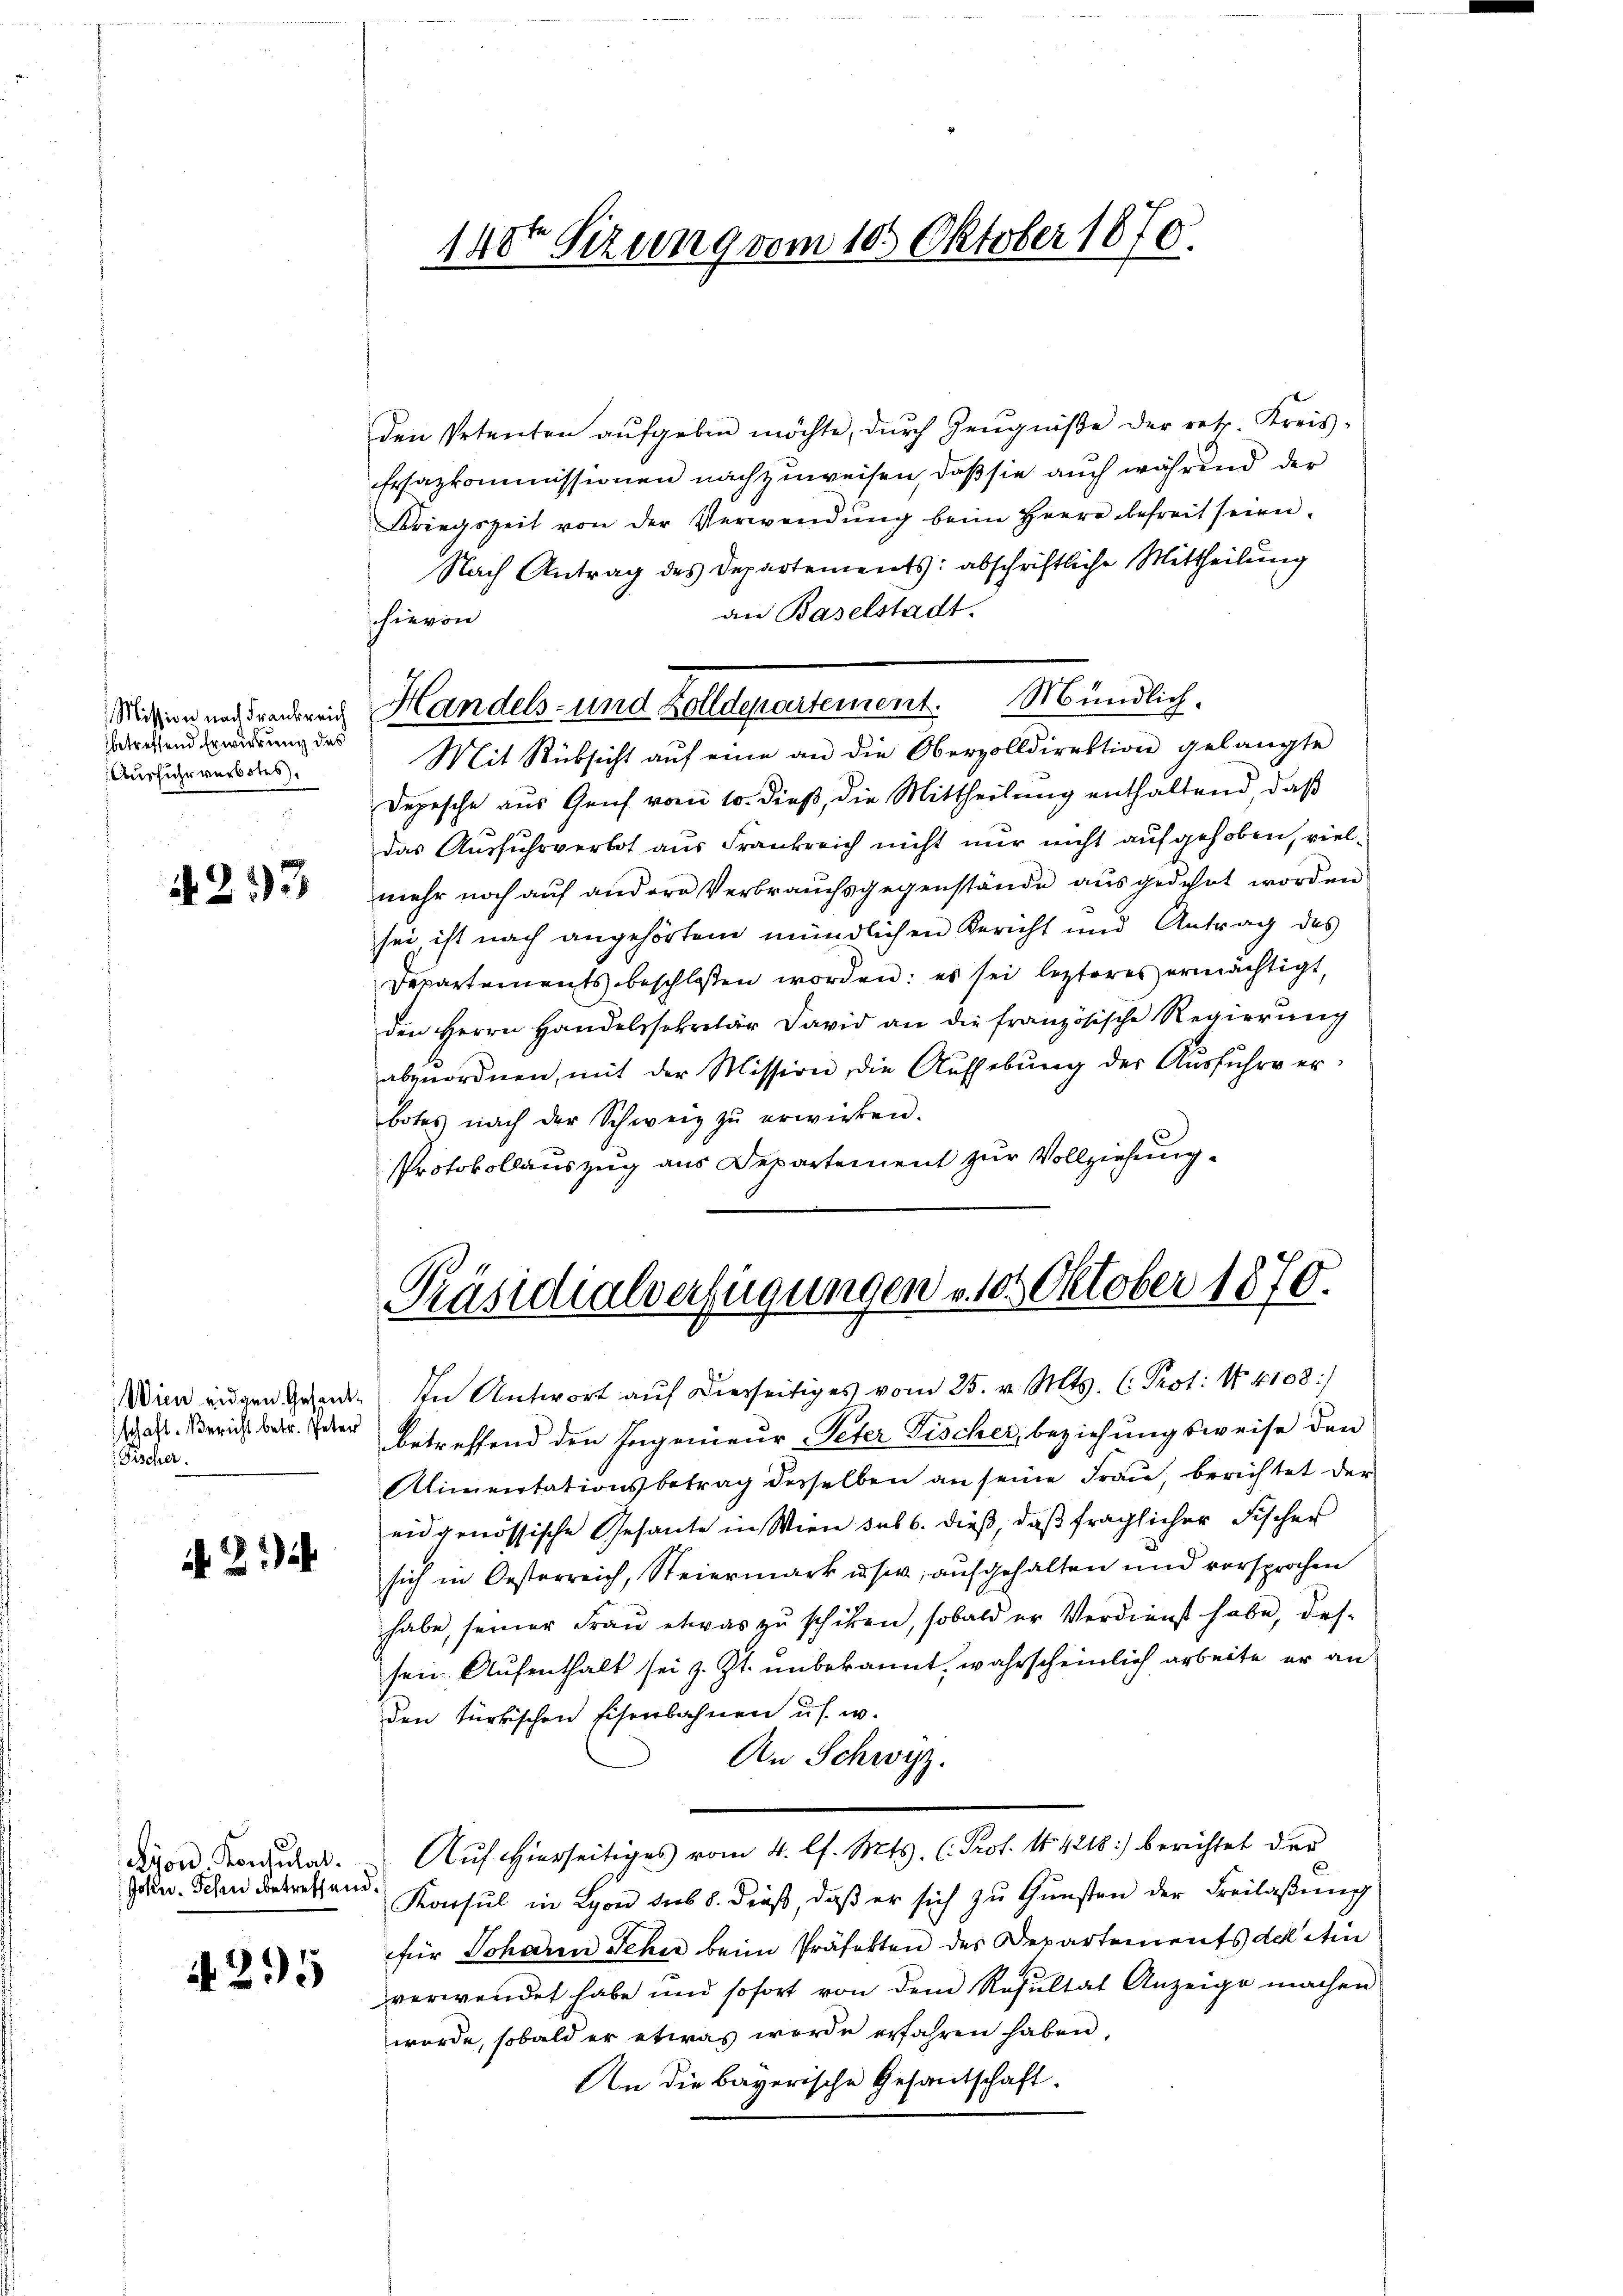
betreffend Erwirkung des
Ausführ verbotes

A 233

schaft. Bericht betr. Peter
Fischer.

if. 214

Ryon. Konsulat
John. Schen betreffend.

4295

14ten Sizung vom 10. Oktober 1870.

den Petenten aŭfgeben möchte, dŭrch Zeŭgniβe der retz. Kreis-
Ersazkommissionen nachzuweisen, daß sie auch während der
Kriegszeit von der Verwendung beim Herr befreit seien.
Nach Antrag des Departements: abschriftliche Mittheilung
an Baselstadt.
hievon
Mit Rücksicht aŭf eine an die Obervolldirektion gelangte
Depesche aus Genf vom 10. dieβ, die Mittheilŭng enthaltend, daβ
das Ausfuhrverbot aus Frankreich nicht nur nicht aufgehoben, vielmehr noch auf andere Verbrauchsgegenstände ausgedehnt worden
sei, ist nach angehörtem mündlichen Bericht und Antrag des
Departements beschlossen worden: es sei lezteres ermächtigt,
den Herrn Handelssekretär David an die französische Regierung
abzuordnen, mit der Mission, die Aufhebung der Ausführe erbotes nach der Schweiz zŭ erwirken.
Protokollauszug aus Departement zur Vollziehung.

Mitten uns renden Handels- und Zolldepartement. Mündlich.

Präsidialverfügungen v. 105 Oktober 1870.

Wien angen Gesand. In Antwort auf Dierseitiges vom 25. v. Mts. C. Prot. No. 4108/
betreffend den Pagenieur-Peter Fischer, beziehungsweise den
Alimentationsbetrag desselben an seine Frau, berichtet der
eidgenössische Gesante in Wien sub 6. dieß, daß fraglicher Fischer
sich in Oesterreich, Steiermark usw, aufgehalten und vorsprochen
habe, seiner Fraŭ etwas zŭ schiken, sobald er Verdienst habe, des-
sein Aufenthalt sei z. Zt. unbekannt, wahrscheinlich arbeite er an
den türkischen Eisenbahnen u s. w.
An Schwyz.
Auf hierseitiges vom 4. l. Mts. (Prof. No 4218) berichtet der
Konsul in Lyon sub 8. dieβ, daβ er sich zŭ Gŭnsten der Freilassung
für Johann Schee beim Präfekten des Departements deletin
verwendet habe und sofort von dem Resultat Anzeige machen
worde, sobald er etwas werde erfahren haben,
An die bayerische Gesantschaft.